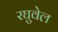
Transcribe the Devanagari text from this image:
रघुवेल